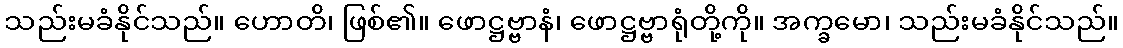
သည်းမခံနိုင်သည်။ ဟောတိ၊ ဖြစ်၏။ ဖောဋ္ဌဗ္ဗာနံ၊ ဖောဋ္ဌဗ္ဗာရုံတို့ကို။ အက္ခမော၊ သည်းမခံနိုင်သည်။